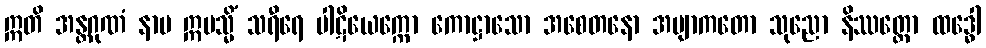
ဣတိ အန္တဂုဏံ နာမ ဣမသ္မိံ သရီရေ ပါဋိယေက္ကော ကောဋ္ဌာသော အစေတနော အဗျာကတော သုညော နိဿတ္တော ထဒ္ဓေါ